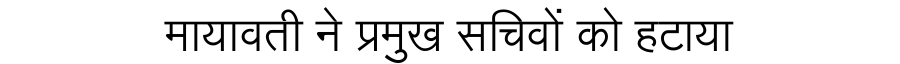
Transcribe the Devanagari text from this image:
मायावती ने प्रमुख सचिवों को हटाया